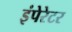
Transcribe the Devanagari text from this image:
इंपेरेटर